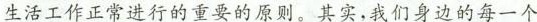
生活工作正常进行的重要的原则。其实，我们身边的每一个